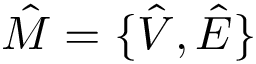
\hat { M } = \{ \hat { V } , \hat { E } \}